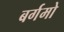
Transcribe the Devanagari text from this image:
बर्गमो